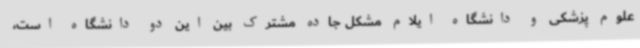
علوم پزشکی و دانشگاه ایلام مشکل جاده مشترک بین این دو دانشگاه است،